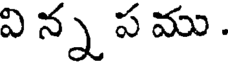
వి న్న ప ము .